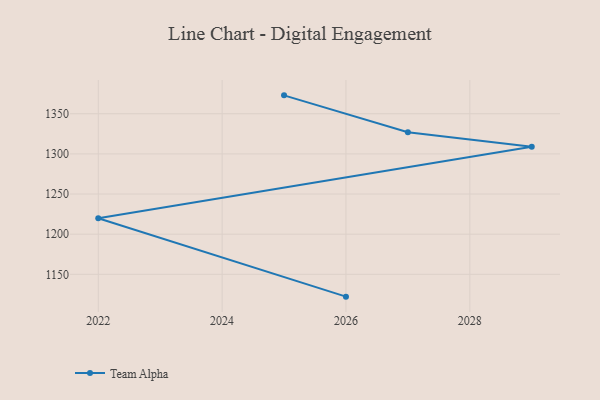
{"axis": {"x": "Year", "y": "Bounce Rate (%)"}, "legend": ["Team Alpha"], "data": [{"x": "2026", "y": 1122.2, "type": "Team Alpha"}, {"x": "2022", "y": 1219.9, "type": "Team Alpha"}, {"x": "2029", "y": 1308.8, "type": "Team Alpha"}, {"x": "2027", "y": 1326.9, "type": "Team Alpha"}, {"x": "2025", "y": 1372.9, "type": "Team Alpha"}]}